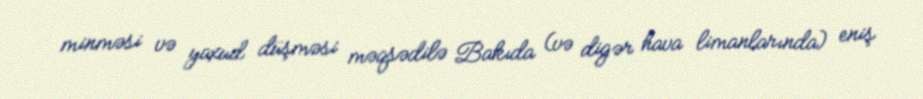
minməsi və yaxud düşməsi məqsədilə Bakıda (və digər hava limanlarında) eniş